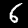
Label: 6